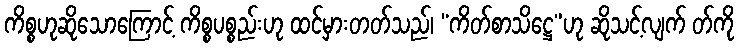
ကိစ္စဟုဆိုသောကြောင့် ကိစ္စပစ္စည်းဟု ထင်မှားတတ်သည်၊ “ကိတ်စာသိဋ္ဌေ”ဟု ဆိုသင့်လျက် တ်ကို